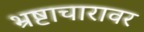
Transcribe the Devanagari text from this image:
भ्रष्टाचारावर